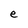
Character: e